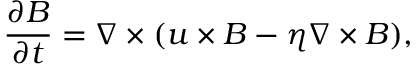
\frac { \partial \boldsymbol { B } } { \partial t } = \boldsymbol { \nabla } \times ( \boldsymbol { u } \times \boldsymbol { B } - \eta \nabla \times \boldsymbol { B } ) ,